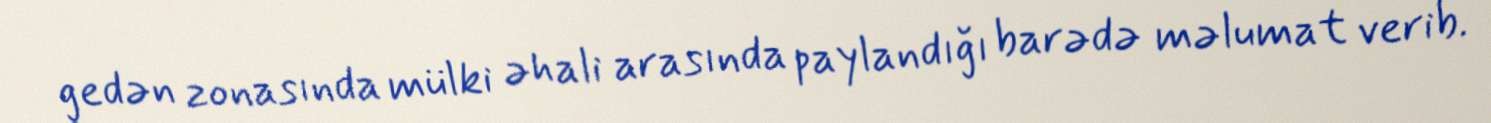
gedən zonasında mülki əhali arasında paylandığı barədə məlumat verib.